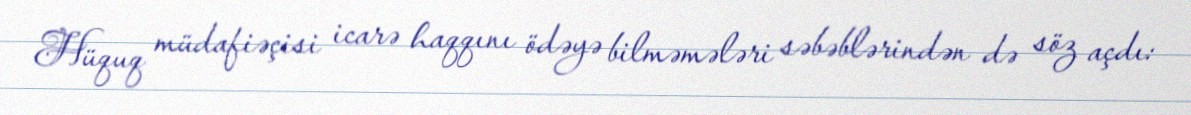
Hüquq müdafiəçisi icarə haqqını ödəyə bilməmələri səbəblərindən də söz açdı: